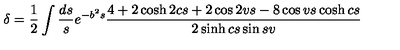
\delta = \frac { 1 } { 2 } \int \frac { d s } { s } e ^ { - b ^ { 2 } s } \frac { 4 + 2 \cosh 2 c s + 2 \cos 2 v s - 8 \cos v s \cosh c s } { 2 \sinh c s \sin s v }